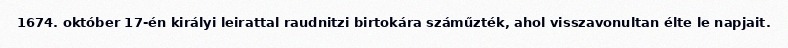
1674. október 17-én királyi leirattal raudnitzi birtokára száműzték, ahol visszavonultan élte le napjait.